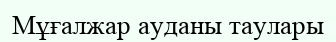
Мұғалжар ауданы таулары